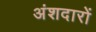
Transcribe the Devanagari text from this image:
अंशदारों